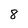
Character: 8